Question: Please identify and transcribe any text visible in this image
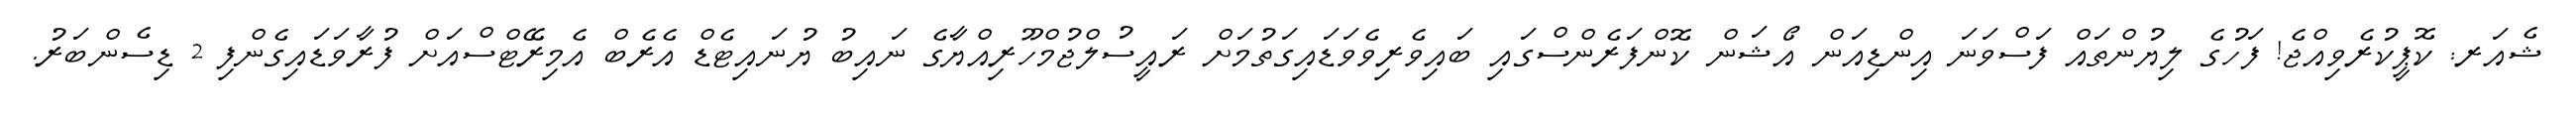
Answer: ޝެއަރ: ކޮޕީކުރެވިއްޖެ! ފަހުގެ ލިޔުންތައް ފަސްވަނަ އިންޑިއަން އޯޝަން ކޮންފަރެންސްގައި ބައިވެރިވެވަޑައިގަތުމަށް ރައީސުލްޖުމްހޫރިއްޔާގެ ނައިބު ޔުނައިޓެޑް އެރެބް އެމިރޭޓްސްއަށް ފުރާވަޑައިގެންފި 2 ޑިސެންބަރު.